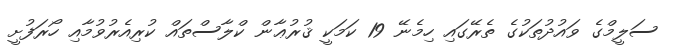
ސަލީމްގެ ވައުދުތަކުގެ ތެރޭގައި ހިމެނޭ 19 ކަމަކީ ޤުރުޢާން ކްލާސްތައް ކުރިއެރުވުމާއި ހޯރަފުށީ